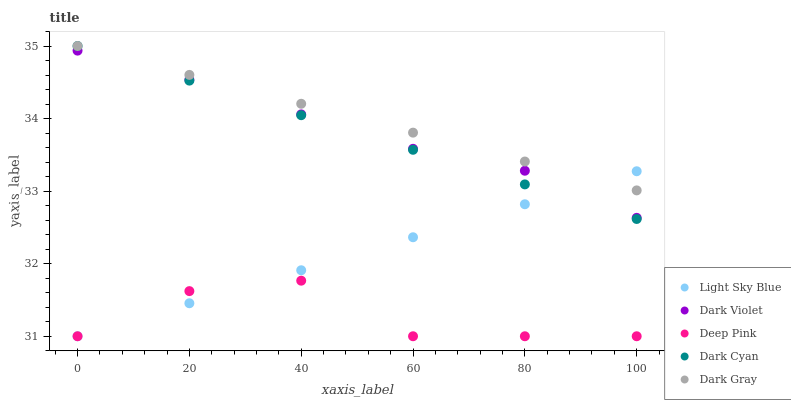
| xaxis_label | Light Sky Blue | Dark Violet | Deep Pink | Dark Cyan | Dark Gray |
 | --- | --- | --- | --- | --- | --- |
 | 0 | 31 | 34.9 | 31 | 35 | 35 |
 | 20 | 31.5 | 34.5 | 31.6 | 34.5 | 34.6 |
 | 40 | 31.9 | 34.1 | 31.8 | 34 | 34.2 |
 | 60 | 32.4 | 33.6 | 31 | 33.6 | 33.8 |
 | 80 | 32.8 | 33.3 | 31 | 33.1 | 33.4 |
 | 100 | 33.3 | 32.6 | 31 | 32.6 | 33 |